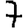
Digit: 7